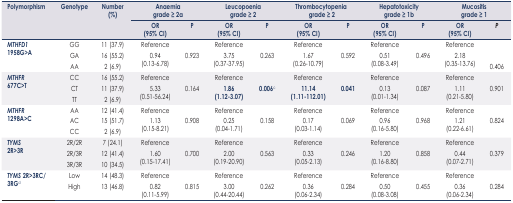
<table><thead><tr><td rowspan="3"><b>Polymorphism</b></td><td rowspan="3"><b>Genotype</b></td><td rowspan="3"><b>Number (%)</b></td><td colspan="2"><b>Anaemia grade ≥ 2<sup>a</sup></b></td><td colspan="2"><b>Leucopoenia grade ≥ 2</b></td><td colspan="2"><b>Thrombocytopenia grade ≥ 2</b></td><td colspan="2"><b>Hepatotoxicity grade ≥ 1<sup>b</sup></b></td><td colspan="2"><b>Mucositis grade ≥ 1</b></td></tr><tr><td><b>OR (95% CI)</b></td><td><b>P</b></td><td><b>OR (95% CI)</b></td><td><b>P</b></td><td><b>OR (95% CI)</b></td><td><b>P</b></td><td><b>OR (95% CI)</b></td><td><b>P</b></td><td><b>OR (95% CI)</b></td><td><b><i>P</i></b></td></tr></thead><tbody><tr><td rowspan="3"><b><i>MTHFD1</i> 1958G&gt;A</b></td><td>GG</td><td>11 (37.9)</td><td>Reference</td><td rowspan="3">0.923</td><td>Reference</td><td rowspan="3">0.263</td><td>Reference</td><td rowspan="3">0.592</td><td>Reference</td><td rowspan="3">0.496</td><td>Reference</td><td rowspan="3">0.406</td></tr><tr><td>GA</td><td>16 (55.2)</td><td>0.94</td><td>3.75</td><td>1.67</td><td>0.51</td><td>2.18</td></tr><tr><td>AA</td><td>2 (6.9)</td><td>(0.13-6.78)</td><td>(0.37–37.95)</td><td>(0.26–10.79)</td><td>(0.08–3.49)</td><td>(0.35–13.76)</td></tr><tr><td rowspan="3"><b><i>MTHFR</i> 677C&gt;T</b></td><td>CC</td><td>16 (55.2)</td><td>Reference</td><td rowspan="3">0.164</td><td>Reference</td><td rowspan="3"><b>0.006<sup>c</sup></b></td><td>Reference</td><td rowspan="3"><b>0.041</b></td><td>Reference</td><td rowspan="3">0.087</td><td>Reference</td><td rowspan="3">0.901</td></tr><tr><td>CT</td><td>11 (37.9)</td><td>5.33</td><td><b>1.86</b></td><td><b>11.14</b></td><td>0.13</td><td>1.11</td></tr><tr><td>TT</td><td>2 (6.9)</td><td>(0.51–56.24)</td><td><b>(1.12–3.07)</b></td><td><b>(1.11–112.01)</b></td><td>(0.01–1.34)</td><td>(0.21–5.80)</td></tr><tr><td rowspan="3"><b><i>MTHFR</i> 1298A&gt;C</b></td><td>AA</td><td>12 (41.4)</td><td>Reference</td><td rowspan="3">0.908</td><td>Reference</td><td rowspan="3">0.158</td><td>Reference</td><td rowspan="3">0.069</td><td>Reference</td><td rowspan="3">0.968</td><td>Reference</td><td rowspan="3">0.824</td></tr><tr><td>AC</td><td>15 (51.7)</td><td>1.13</td><td>0.25</td><td>0.17</td><td>0.96</td><td>1.21</td></tr><tr><td>CC</td><td>2 (6.9)</td><td>(0.15–8.21)</td><td>(0.04–1.71)</td><td>(0.03–1.14)</td><td>(0.16–5.80)</td><td>(0.22–6.61)</td></tr><tr><td rowspan="3"><b><i>TYMS</i> 2R&gt;3R</b></td><td>2R/2R</td><td>7 (24.1)</td><td>Reference</td><td rowspan="3">0.700</td><td>Reference</td><td rowspan="3">0.563</td><td>Reference</td><td rowspan="3">0.246</td><td>Reference</td><td rowspan="3">0.858</td><td>Reference</td><td rowspan="3">0.379</td></tr><tr><td>2R/3R</td><td>12 (41.4)</td><td>1.60</td><td>2.00</td><td>0.33</td><td>1.20</td><td>0.44</td></tr><tr><td>3R/3R</td><td>10 (34.5)</td><td>(0.15–17.41)</td><td>(0.19–20.90)</td><td>(0.05–2.13)</td><td>(0.16–8.80)</td><td>(0.07–2.71)</td></tr><tr><td rowspan="3"><b><i>TYMS</i> 2R&gt;3RC/3RG</b><sup>d</sup></td><td>Low</td><td>14 (48.3)</td><td>Reference</td><td rowspan="3">0.815</td><td>Reference</td><td rowspan="3">0.262</td><td>Reference</td><td rowspan="3">0.284</td><td>Reference</td><td rowspan="3">0.455</td><td>Reference</td><td rowspan="3">0.284</td></tr><tr><td>High</td><td>13 (46.8)</td><td>0.82</td><td>3.00</td><td>0.36</td><td>0.50</td><td>0.36</td></tr><tr><td></td><td></td><td>(0.11–5.99)</td><td>(0.44–20.44)</td><td>(0.06–2.34)</td><td>(0.08–3.08)</td><td>(0.06–2.34)</td></tr></tbody></table>